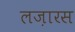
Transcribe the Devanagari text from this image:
लज़ारस